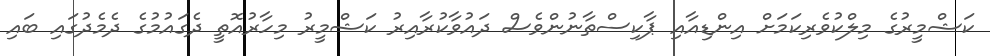
ކަޝްމީރުގެ މިލްކުވެރިކަމަށް އިންޑިއާއި ޕާކިސްތާނުންވެސް ދައުވާކުރާއިރު ކަޝްމީރު މިހާރުއޮތީ ދެގައުމުގެ ދެމެދުގައި ބައި